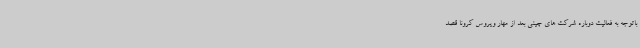
باتوجه به فعالیت دوباره شرکت های چینی بعد از مهار ویروس کرونا قصد